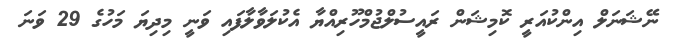
ނޭޝަނަލް އިންކުއަރީ ކޮމިޝަން ރައީސުލްޖުމްހޫރިއްޔާ އެކުލަވާލާފައި ވަނީ މިދިޔަ މަހުގެ 29 ވަނަ